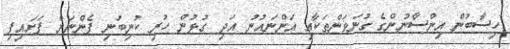
ހިސާބުން އިންސާނުންގެ ގުނަވަަންތަކާއި އަންނައުނު އަދި ގުޅުން ހުރި ކުނިބުނި ފެންނަން ފަށައިފި